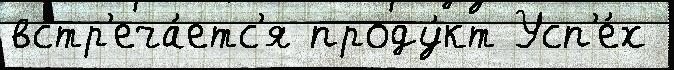
встр'еча́етс'я проду́кт Усп'е́х